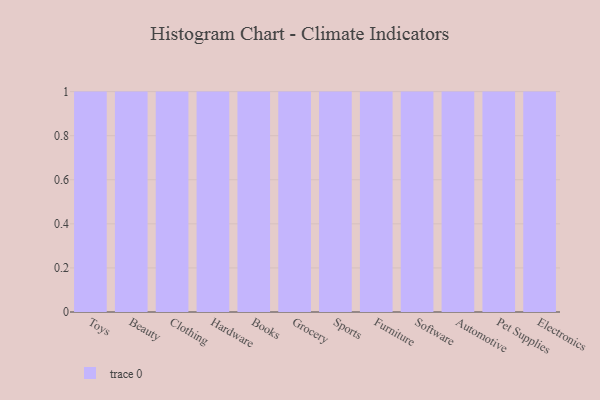
{"axis": {"x": "Category", "y": "Net Income (USD K)"}, "legend": [""], "data": [{"x": "Toys", "y": 93, "type": ""}, {"x": "Beauty", "y": 85, "type": ""}, {"x": "Clothing", "y": 4, "type": ""}, {"x": "Hardware", "y": 54, "type": ""}, {"x": "Books", "y": 45, "type": ""}, {"x": "Grocery", "y": 49, "type": ""}, {"x": "Sports", "y": 34, "type": ""}, {"x": "Furniture", "y": 10, "type": ""}, {"x": "Software", "y": 44, "type": ""}, {"x": "Automotive", "y": 31, "type": ""}, {"x": "Pet Supplies", "y": 3, "type": ""}, {"x": "Electronics", "y": 26, "type": ""}]}